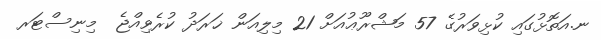
ނ.އަތޮޅުގައި ކުޅިވަރުގެ 57 މަޝްރޫޢުއަށް 21 މިލިއަން ޚަރަދު ކުރެވިއްޖެ  މިނިސްޓަރ